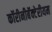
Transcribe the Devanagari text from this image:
कॉरीनीबॅक्टेरीयम